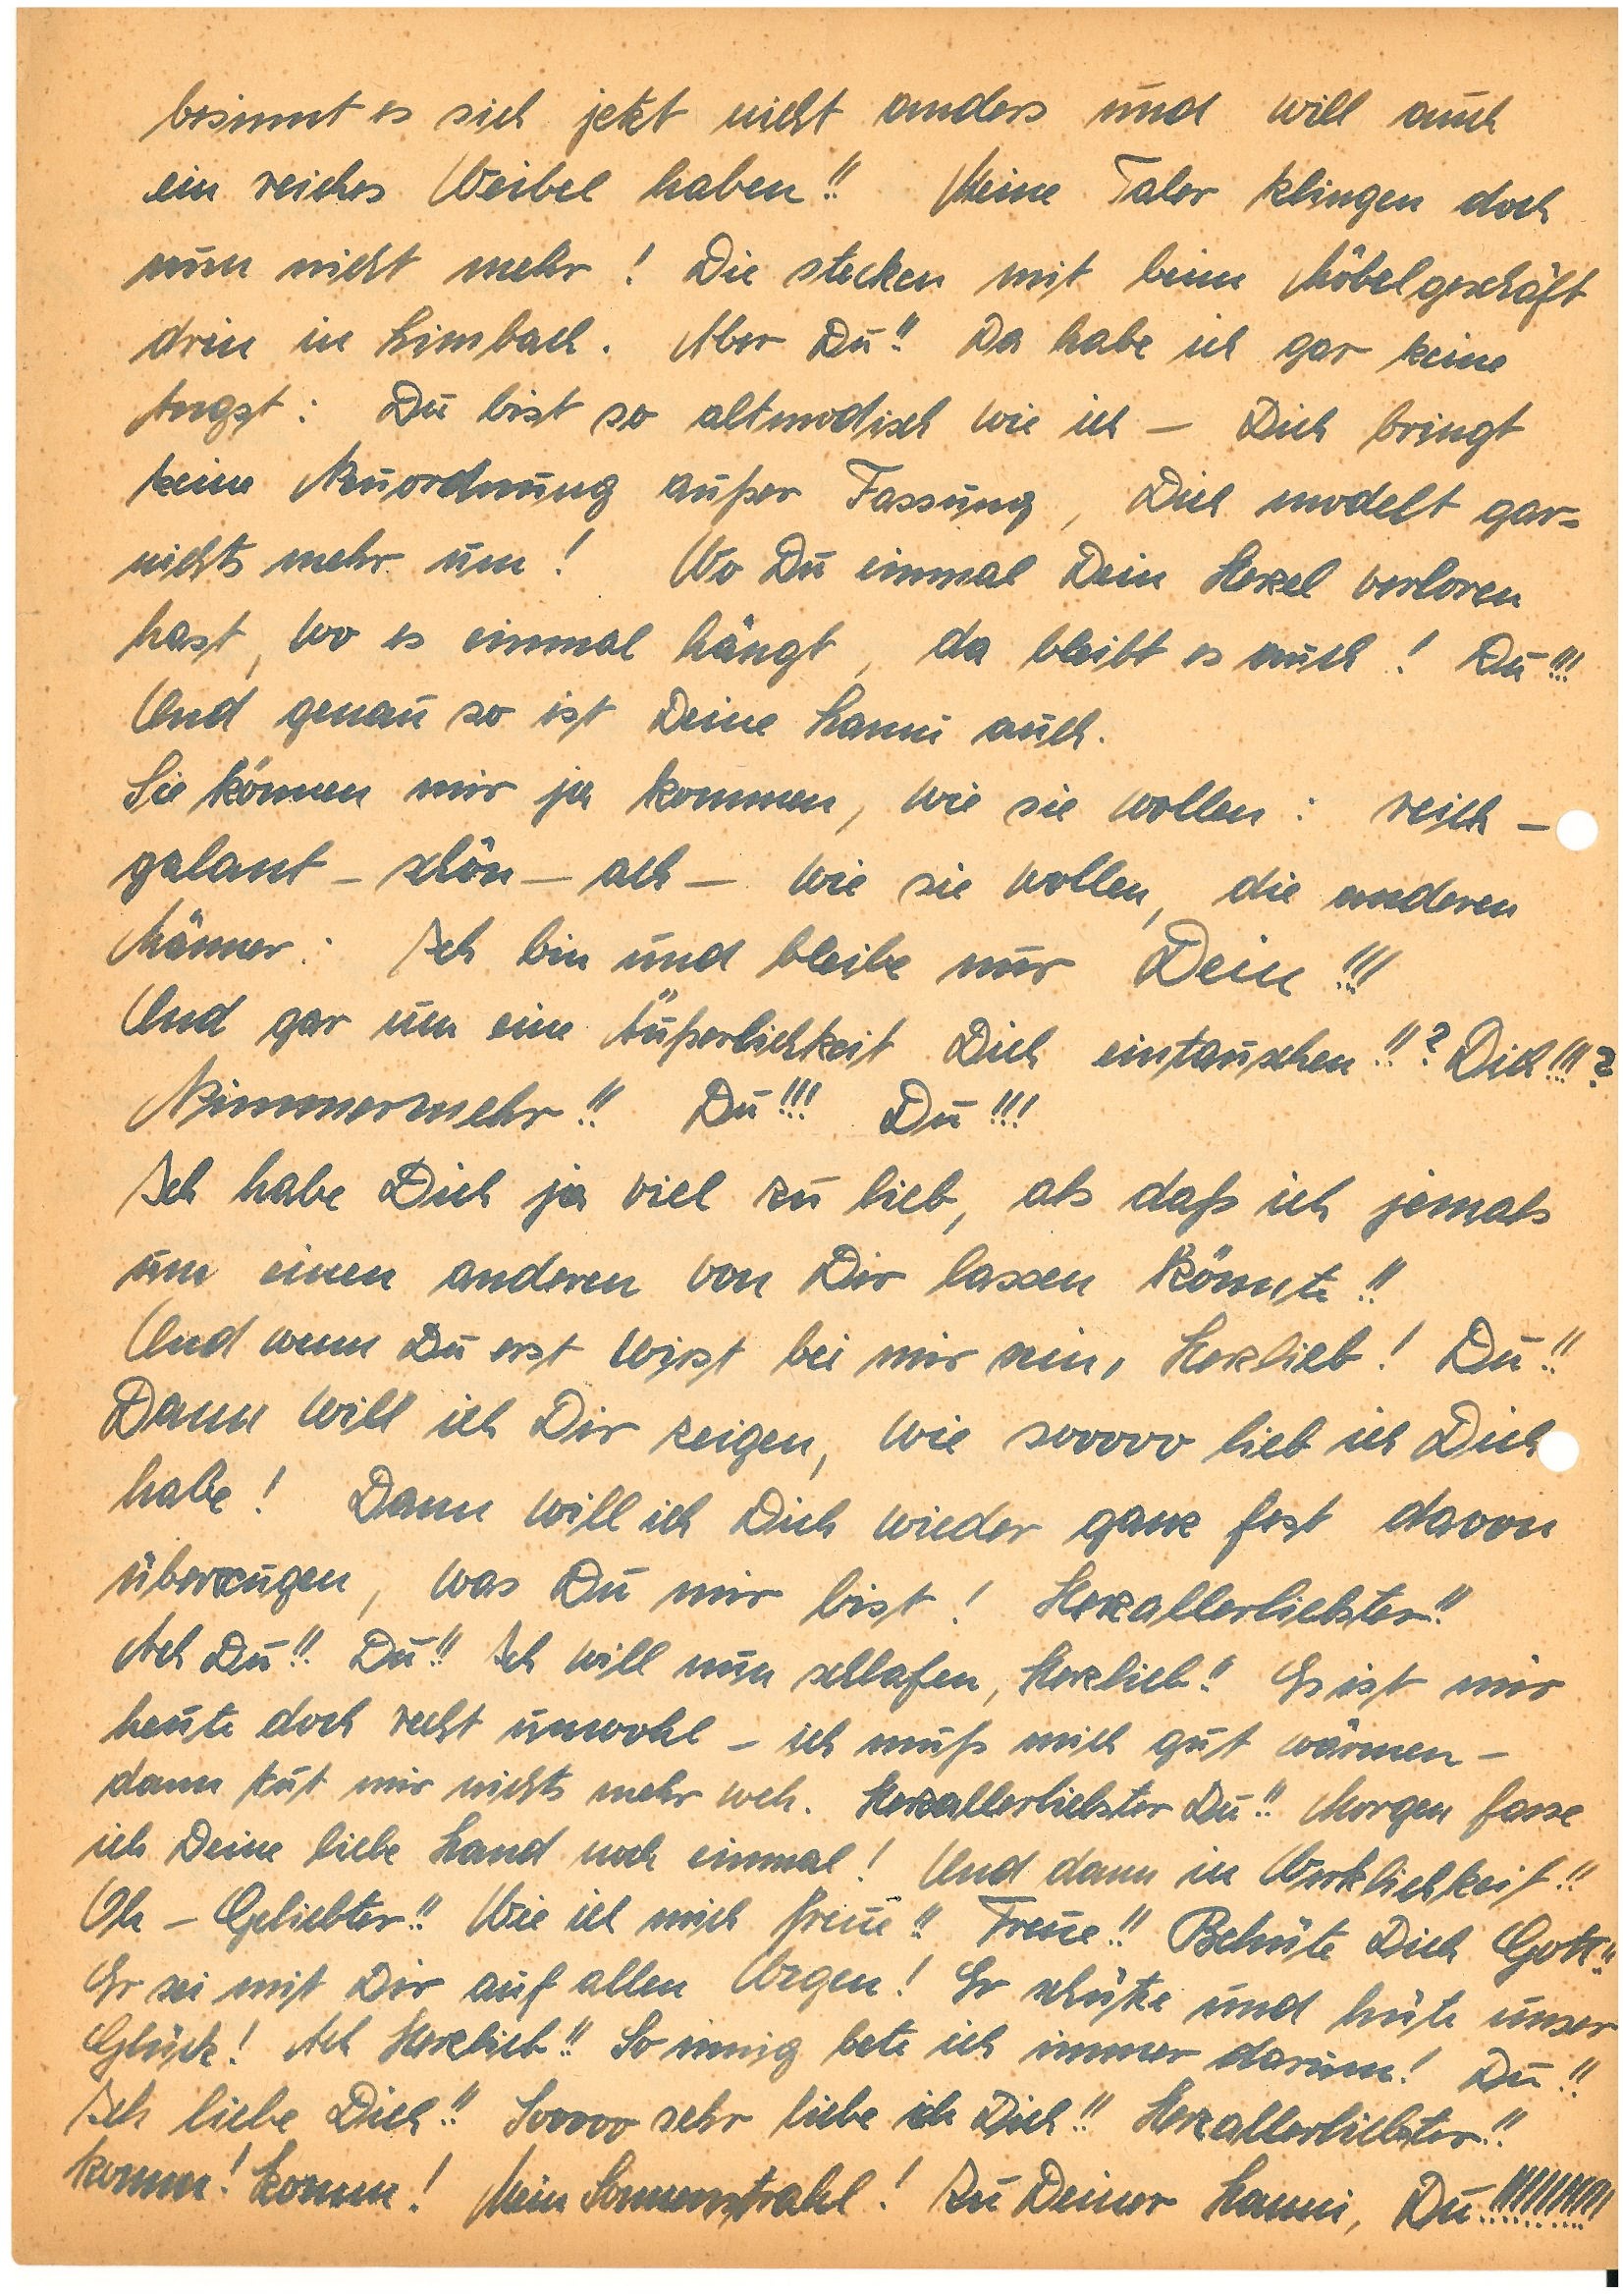
besinnt es sich jetzt nicht anders und will auch
ein reiches Weibel haben!! Meine Taler klingen doch
nun nicht mehr! Die stecken mit beim Möbelgeschäft
drin in L.. Aber Du!! Da habe ich gar keine
Angst: Du bist so altmodisch wie ich – Dich bringt
keine Neuordnung außer Fassung, Dich modelt gar¬
nichts mehr um! Wo Du einmal Dein Herzel verloren
hast, wo es einmal hängt, da bleibt es auch! Du!!!
Und genau so ist Deine  auch.
Sie können mir ja kommen, wie sie wollen: reich –
galant – schön – ach – wie sie wollen, die anderen
Männer: Ich bin und bleibe nur Dein!!!
Und gar um eine Äußerlichkeit Dich eintauschen!!? Dich!!!?
Nimmermehr!! Du!!! Du!!!
Ich habe Dich ja viel zu lieb, als daß ich jemals
um einen anderen von Dir lassen könnte!!
Und wenn Du erst wirst bei mir sein, Herzlieb! Du!!
Dann will ich Dir zeigen, wie sooooo lieb ich Dich
habe! Dann will ich Dich wieder ganz fest davon
überzeugen, was Du mir bist! Herzallerliebster!!
Ach Du!! Du!! Ich will nun schlafen, Herzlieb!! Es ist mir
heute doch recht unwohl – ich muß mich gut wärmen –
dann tut mir nichts mehr weh. Herzallerliebster Du!! Morgen fasse
ich Deine liebe Hand noch einmal! Und dann in Wirklichkeit!!
Oh – Geliebter!! Wie ich mich freue!! Freue!! Behüte Dich Gott!!
Er sei mit Dir auf allen Wegen! Er schütze und hüte unser
Glück! Ach Herzlieb!! So innig bete ich immer darum! Du!!
Ich liebe Dich!! Sooooo sehr liebe ich Dich!! Herzallerliebster!!
Komm! Komm! Mein Sonnenstrahl! Zu Deiner, Du!!!!!!!!!!